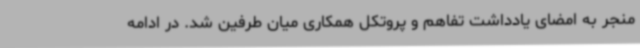
منجر به امضای یادداشت تفاهم و پروتکل‌ همکاری میان طرفین شد. در ادامه